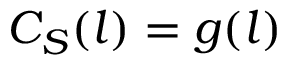
C _ { S } ( l ) = g ( l )